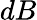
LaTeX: dB